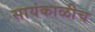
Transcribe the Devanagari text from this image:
सायंकाळीच